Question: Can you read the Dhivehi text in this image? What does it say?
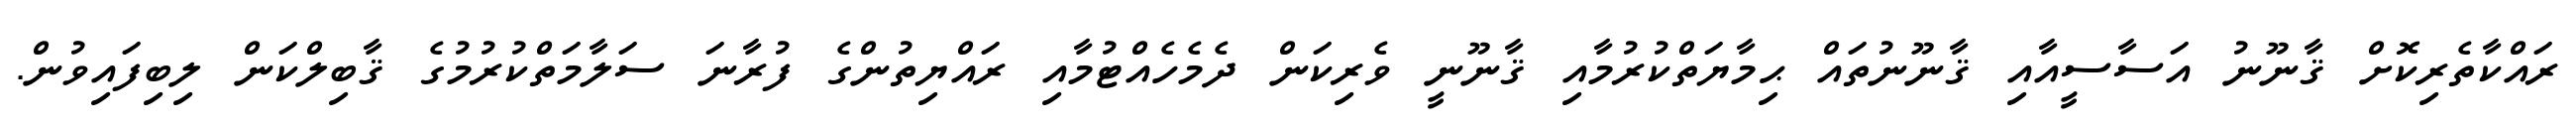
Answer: ރައްކާތެރިކޮށް ޤާނޫނު އަސާސީއާއި ޤާނޫނުތައް ޙިމާޔަތްކުރުމާއި ޤާނޫނީ ވެރިކަން ދެމެހެއްޓުމާއި ރައްޔިތުންގެ ފުރާނަ ސަލާމަތްކުރުމުގެ ޤާބިލްކަން ލިބިފައިވުން.